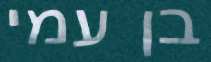
בן עמי